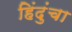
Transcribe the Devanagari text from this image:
हिंदुंचा